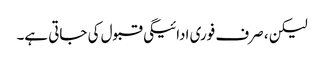
لیکن ، صرف فوری ادائیگی قبول کی جاتی ہے۔